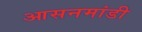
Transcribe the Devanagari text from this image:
आसनमांडी